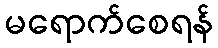
မရောက်စေရန်